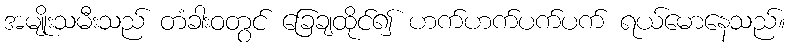
အမျိုးသမီးသည် တံခါးဝတွင် ခြေချထိုင်၍ ဟက်ဟက်ပက်ပက် ရယ်မောနေသည်။